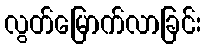
လွတ်မြောက်လာခြင်း